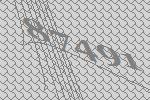
87491